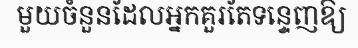
មួយចំនួនដែលអ្នកគួរតែទន្ទេញឱ្យ